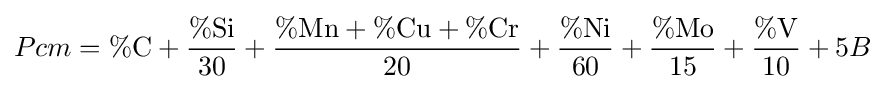
Pcm=\%{\text{C}}+{\frac {\%{\text{Si}}}{30}}+{\frac {\%{\text{Mn}}+\%{\text{Cu}}+\%{\text{Cr}}}{20}}+{\frac {\%{\text{Ni}}}{60}}+{\frac {\%{\text{Mo}}}{15}}+{\frac {\%{\text{V}}}{10}}+5B